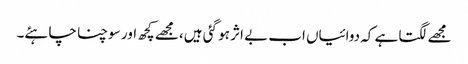
مجھے لگتا ہے کہ دوائیاں اب بے اثر ہو گئی ہیں، مجھے کچھ اور سوچنا چاہئے۔